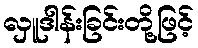
လှူဒါန်းခြင်းတို့ဖြင့်